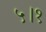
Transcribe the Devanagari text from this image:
५।१